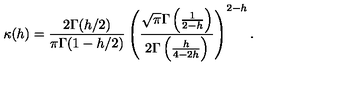
\kappa ( h ) = \frac { 2 \Gamma ( h / 2 ) } { \pi \Gamma ( 1 - h / 2 ) } \left( \frac { \sqrt { \pi } \Gamma \left( \frac { 1 } { 2 - h } \right) } { 2 \Gamma \left( \frac { h } { 4 - 2 h } \right) } \right) ^ { 2 - h } .